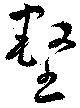
壑